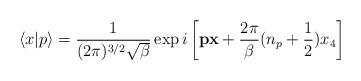
LaTeX: \begin{align*}\langle x|p\rangle =\frac1{(2\pi)^{3/2}\sqrt{\beta}}\exp i \left[ {\bf px}+\frac{2\pi}{\beta}(n_p+\frac12)x_4\right]\end{align*}